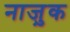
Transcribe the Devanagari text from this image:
नाजु़क